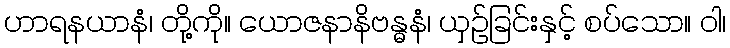
ဟာရနယာနံ၊ တို့ကို။ ယောဇနာနိဗန္ဓနံ၊ ယှဉ်ခြင်းနှင့် စပ်သော။ ဝါ၊